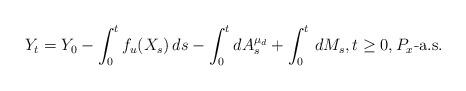
LaTeX: \begin{align*} Y_t=Y_0-\int_0^tf_u(X_s)\,ds-\int^t_0dA^{\mu_d}_s+\int_0^t\,dM_s, t\ge 0,P_x\mbox{-a.s.}\end{align*}